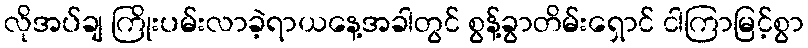
လိုအပ်ချ ကြိုးပမ်းလာခဲ့ရာယနေ့အခါတွင် စွန့်ခွာတိမ်းရှောင် ငါကြာမြင့်စွာ